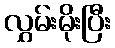
လွှမ်းမိုးပြီး